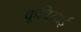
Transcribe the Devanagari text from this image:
कूचियाई